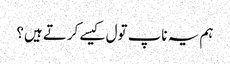
ہم یہ ناپ تول کیسے کرتے ہیں؟